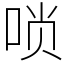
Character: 唢